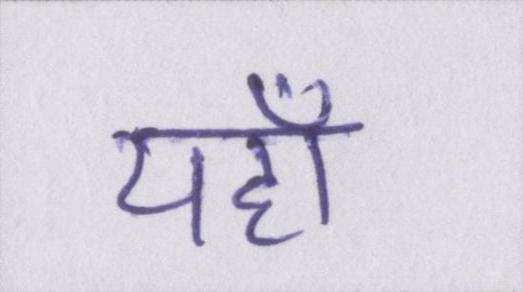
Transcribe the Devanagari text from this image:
यहाँ